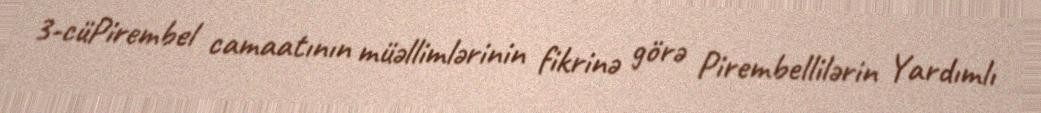
3-cüPirembel camaatının müəllimlərinin fikrinə görə Pirembellilərin Yardımlı